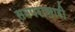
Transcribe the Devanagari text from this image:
समपरासारी